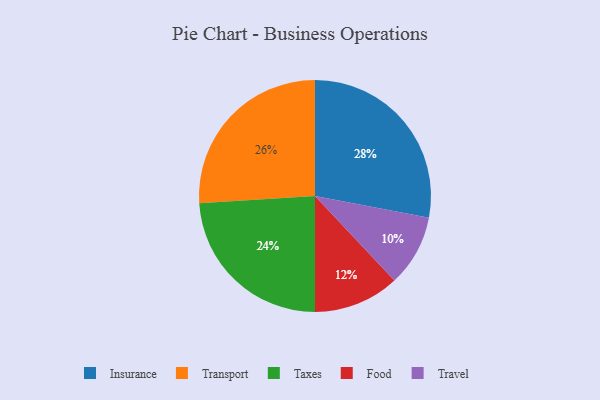
{"axis": {"x": "Category", "y": "Percentage"}, "legend": ["Food", "Insurance", "Taxes", "Transport", "Travel"], "data": [{"x": "Transport", "y": 26, "type": "Transport"}, {"x": "Travel", "y": 10, "type": "Travel"}, {"x": "Food", "y": 12, "type": "Food"}, {"x": "Insurance", "y": 28, "type": "Insurance"}, {"x": "Taxes", "y": 24, "type": "Taxes"}]}